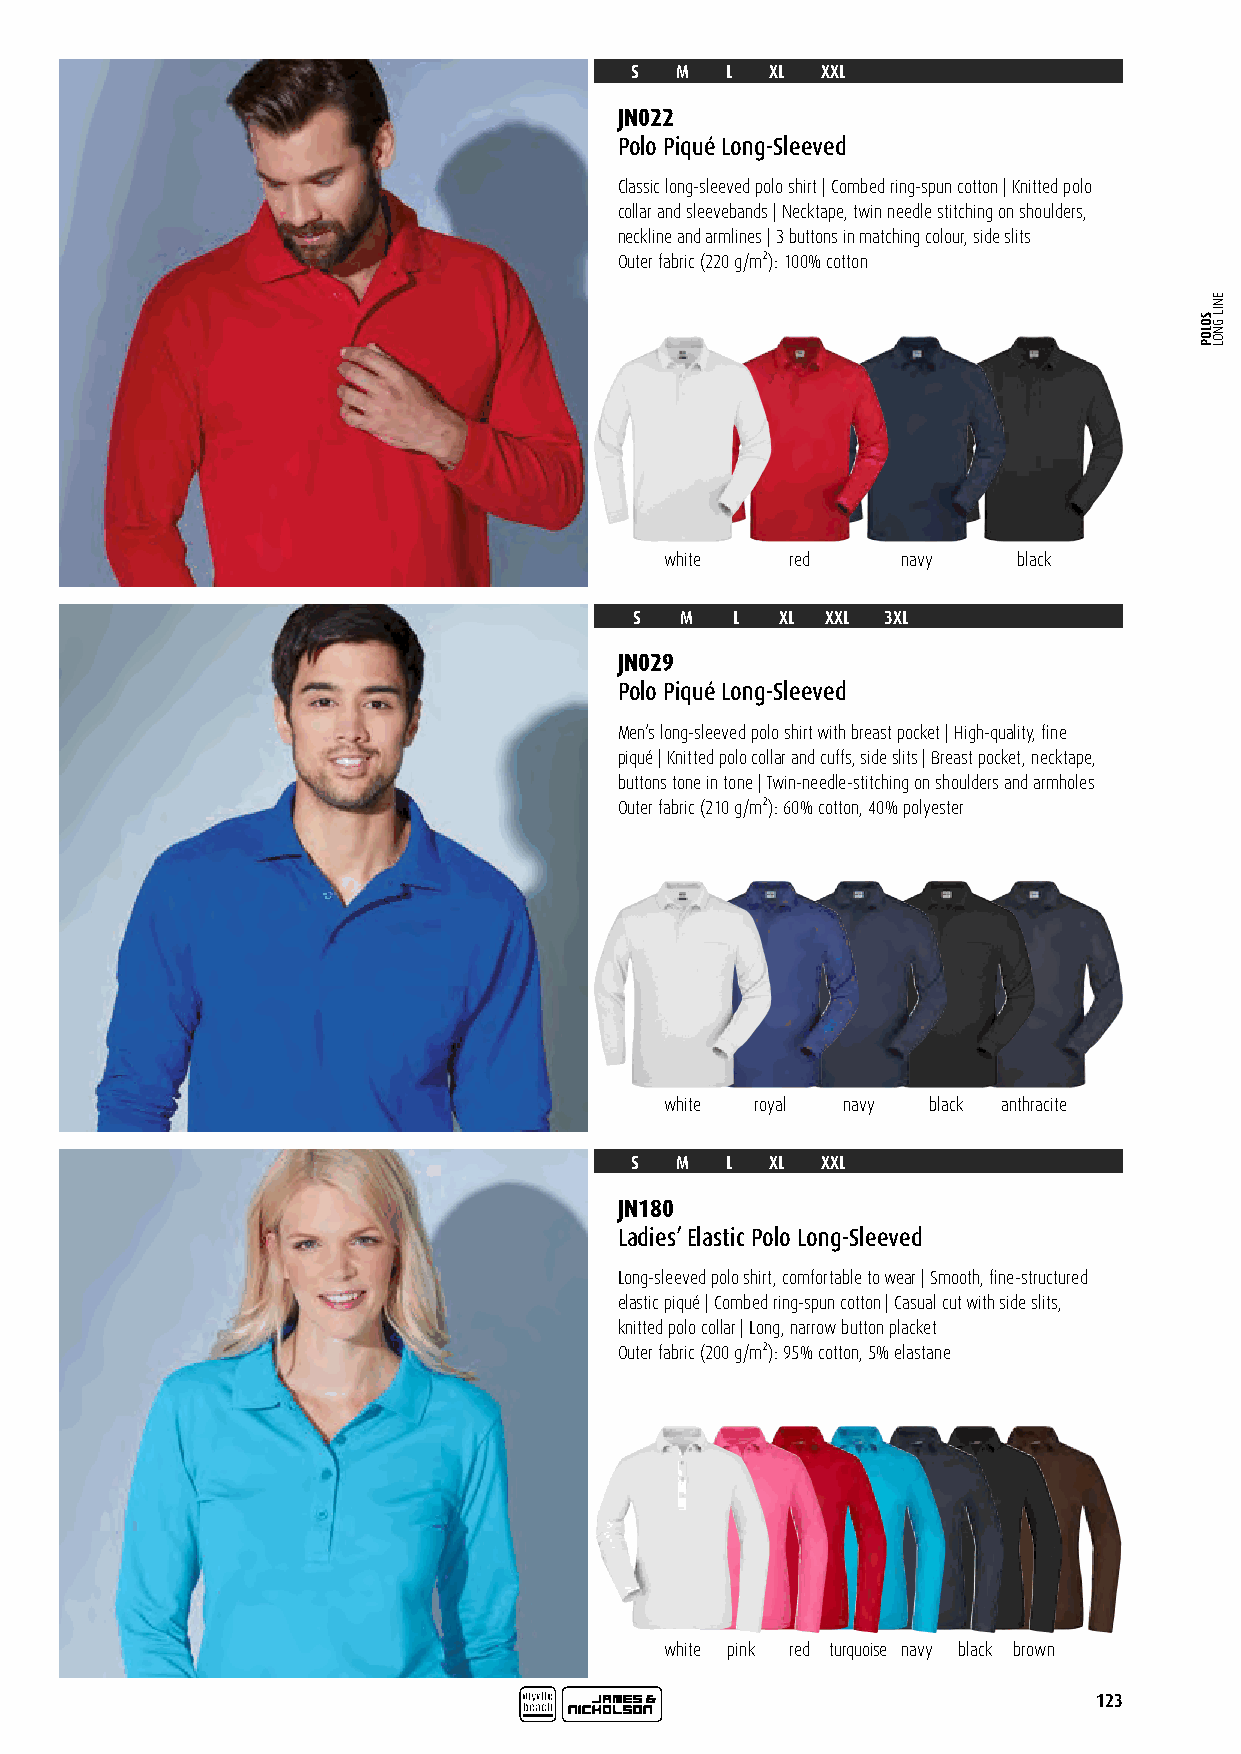
S  M  L  XL XXL
 JN022
 Polo Piqué Long-Sleeved
 Classic long-sleeved polo shirt | Combed ring-spun cotton | Knitted polo
 collar and sleevebands | Necktape, twin needle stitching on shoulders,
 neckline and armlines | 3 buttons in matching colour, side slits
 Outer fabric (220 g/m²): 100% cotton
 white   red     navy   black
 S  M   L  XL XXL 3XL
 JN029
 Polo Piqué Long-Sleeved
 Men’s long-sleeved polo shirt with breast pocket | High-quality, fine
 piqué | Knitted polo collar and cuffs, side slits | Breast pocket, necktape,
 buttons tone in tone | Twin-needle-stitching on shoulders and armholes
 Outer fabric (210 g/m²): 60% cotton, 40% polyester
 white royal navy black anthracite
 S  M  L  XL XXL
 JN180
 Ladies’ Elastic Polo Long-Sleeved
 Long-sleeved polo shirt, comfortable to wear | Smooth, fine-structured
 elastic piqué | Combed ring-spun cotton | Casual cut with side slits,
 knitted polo collar | Long, narrow button placket
 Outer fabric (200 g/m²): 95% cotton, 5% elastane
 white pink red turquoise navy black brown
 123
 SOLOP
 ENIL
 GNOL